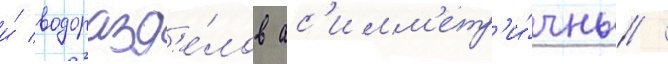
и́ водоразд'е́лов ас'имм'етр'и́чны /